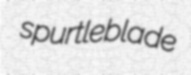
spurtleblade